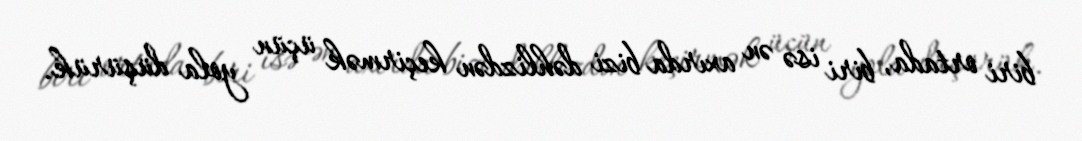
biri ortada, biri isə ən axırda bizi dəhlizdən keçirmək üçün yola düşürük.